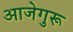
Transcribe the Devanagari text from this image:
आजेगुरू